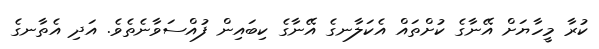
ކުރާ މީހާޔަށް އޭނާގެ ކުށްތައް އެކަލާނގެ އޭނާގެ ކިބައިން ފުއްސަވާނެތެވެ. އަދި އެތާނގެ